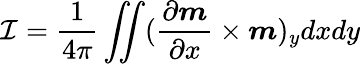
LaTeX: {\mathcal{I}}=\frac{1}{4\pi}\iint(\frac{\partial\boldsymbol{m}}{\partial x}\times\boldsymbol{m})_{y}dxdy